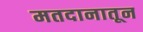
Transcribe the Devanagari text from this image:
मतदानातून